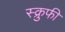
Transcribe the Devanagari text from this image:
स्क्रुफी